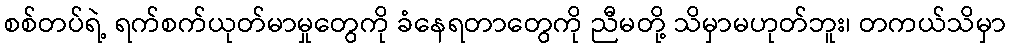
စစ်တပ်ရဲ့ ရက်စက်ယုတ်မာမှုတွေကို ခံနေရတာတွေကို ညီမတို့ သိမှာမဟုတ်ဘူး၊ တကယ်သိမှာ